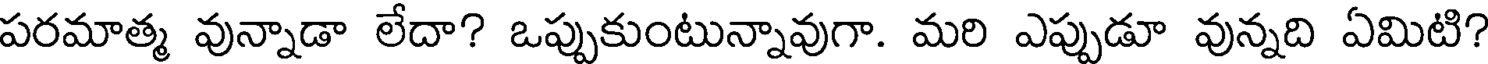
పరమాత్మ వున్నాడా లేదా? ఒప్పుకుంటున్నావుగా. మరి ఎప్పుడూ వున్నది ఏమిటి?